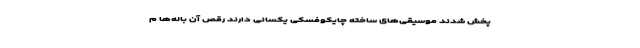
پخش شدند موسیقی‌های ساخته چایکوفسکی یکسانی دارند رقص آن باله‌ها م